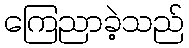
ကြေညာခဲ့သည်